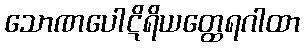
သောဏပေါဋိရိယတ္ထေရဂါထာ